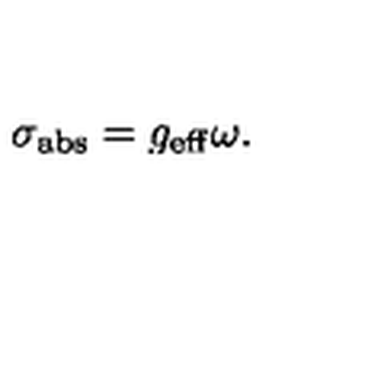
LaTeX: \sigma _ { \mathrm { a b s } } = g _ { \mathrm { e f f } } \omega .